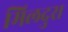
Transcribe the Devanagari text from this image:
मिलदुरा